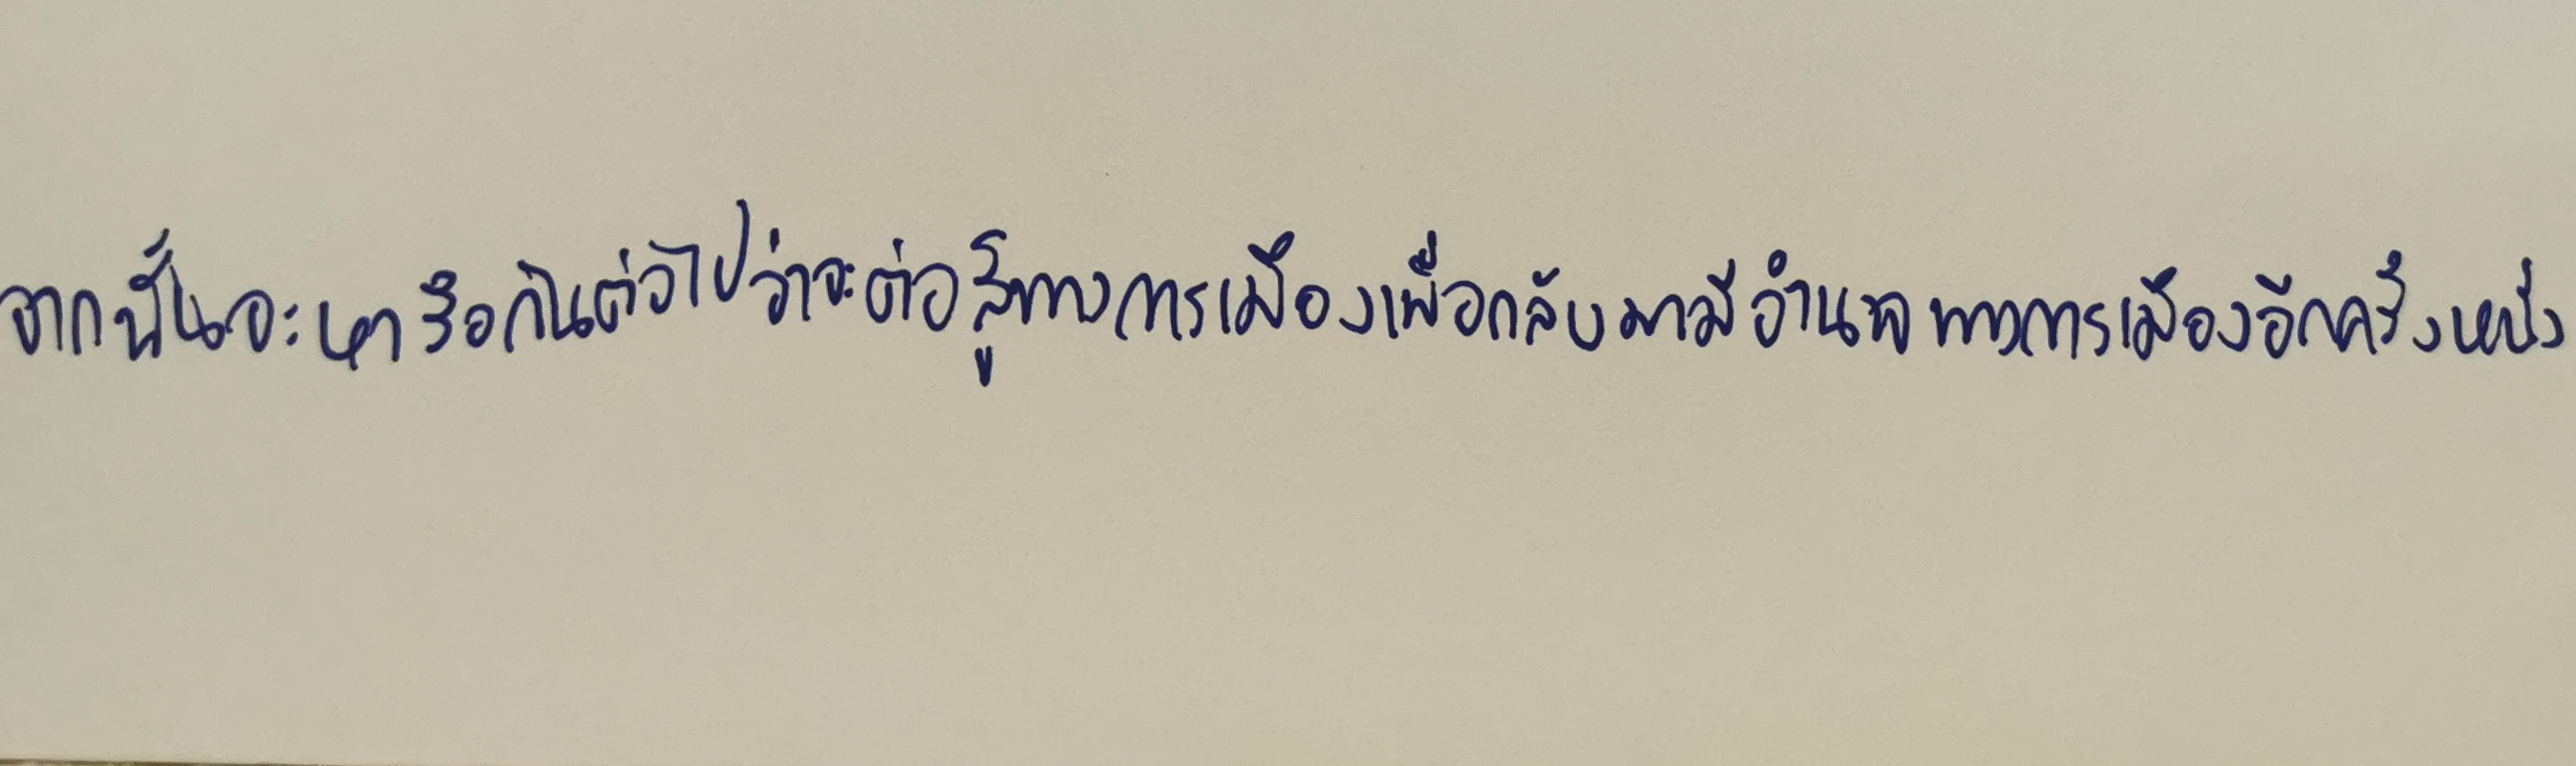
จากนั้นจะหารือกันต่อไปว่าจะต่อสู้ทางการเมืองเพื่อกลับมามีอำนาจทางการเมืองอีกครั้งหนึ่ง